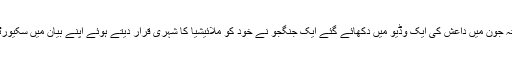
میڈیا رپورٹس کے مطابق گزشتہ جون میں داعش کی ایک وڈیو میں دکھائے گئے ایک جنگجو نے خود کو ملائیشیا کا شہری قرار دیتے ہوئے اپنے بیان میں سکیورٹی اہلکاروں کو دھمکی دی تھی۔